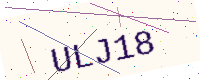
Text: ULJ18